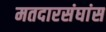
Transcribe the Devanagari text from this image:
मतदारसंघांस